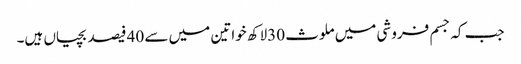
جب کہ جسم فروشی میں ملوث 30لاکھ خواتین میں سے 40 فیصد بچیاں ہیں۔